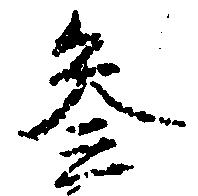
参